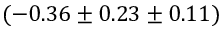
( - 0 . 3 6 \pm 0 . 2 3 \pm 0 . 1 1 )